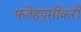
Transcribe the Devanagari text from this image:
फतेहपुसीकरी